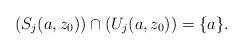
LaTeX: \begin{align*}\left(S_j(a,z_0)\right)\cap \left(U_j(a,z_0)\right)=\{a\}.\end{align*}